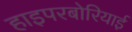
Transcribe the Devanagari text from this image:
हाइपरबोरियाई